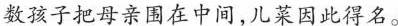
数孩子把母亲围在中间,儿菜因此得名。